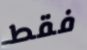
فقط